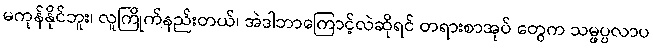
မကုန်နိုင်ဘူး၊ လူကြိုက်နည်းတယ်၊ အဲဒါဘာကြောင့်လဲဆိုရင် တရားစာအုပ် တွေက သမ္ဖပ္ပလာပ